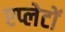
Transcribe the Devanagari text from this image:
एप्लेटों